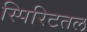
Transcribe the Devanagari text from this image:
स्पिरिटतल